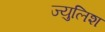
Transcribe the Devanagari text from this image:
ज्युलिश